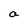
Character: a